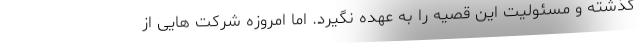
گذشته و مسئولیت این قصیه را به عهده نگیرد. اما امروزه شرکت هایی از